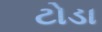
ટોડા